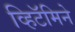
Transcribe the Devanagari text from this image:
व्हिटॅमिने